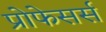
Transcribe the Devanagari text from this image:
प्रोफेसर्स